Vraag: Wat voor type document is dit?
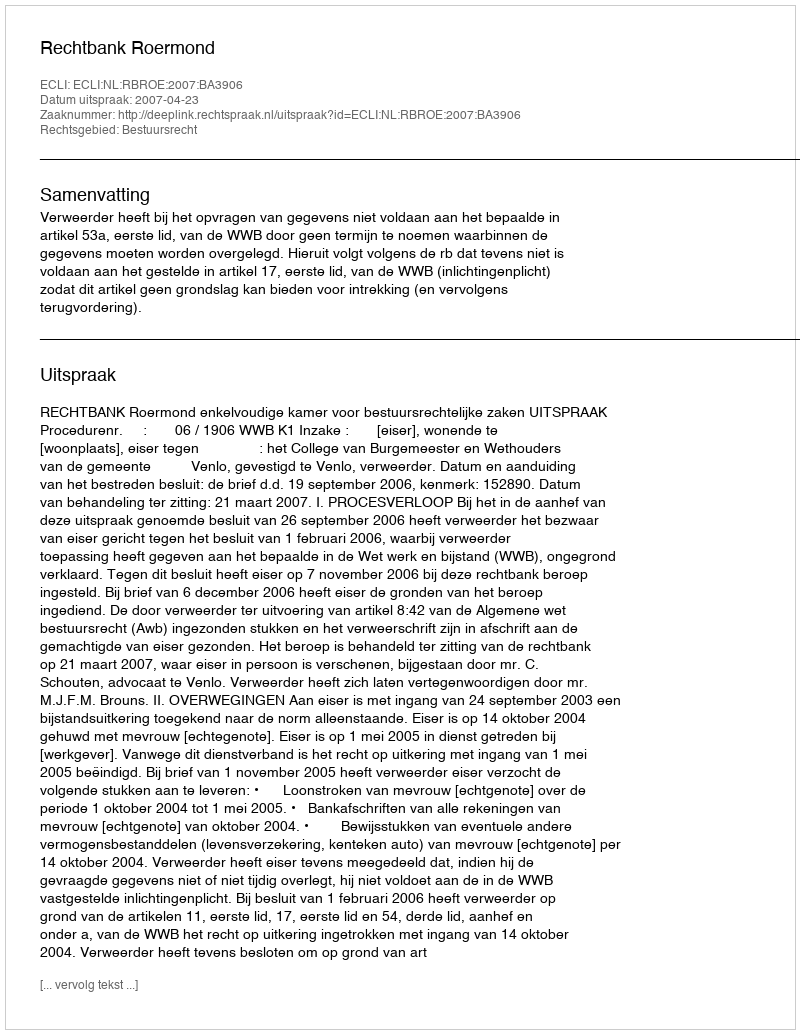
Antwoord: Uitspraak